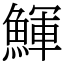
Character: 鯶